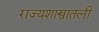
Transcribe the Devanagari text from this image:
राज्यशास्त्रातली